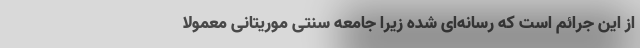
از این جرائم است که رسانه‌ای شده زیرا جامعه سنتی موریتانی معمولاً